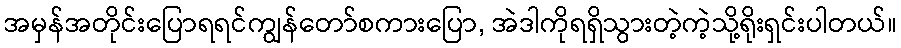
အမှန်အတိုင်းပြောရရင်ကျွန်တော်စကားပြော, အဲဒါကိုရရှိသွားတဲ့ကဲ့သို့ရိုးရှင်းပါတယ်။